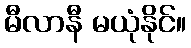
မီလာနီ မယုံနိုင်။